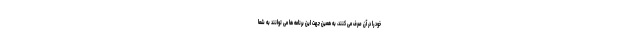
خود را در آن صرف می کنند، به همین جهت این برنامه ها می توانند به شما